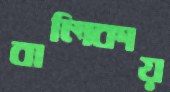
বালিকায়